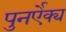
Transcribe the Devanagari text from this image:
पुनर्ऐक्य